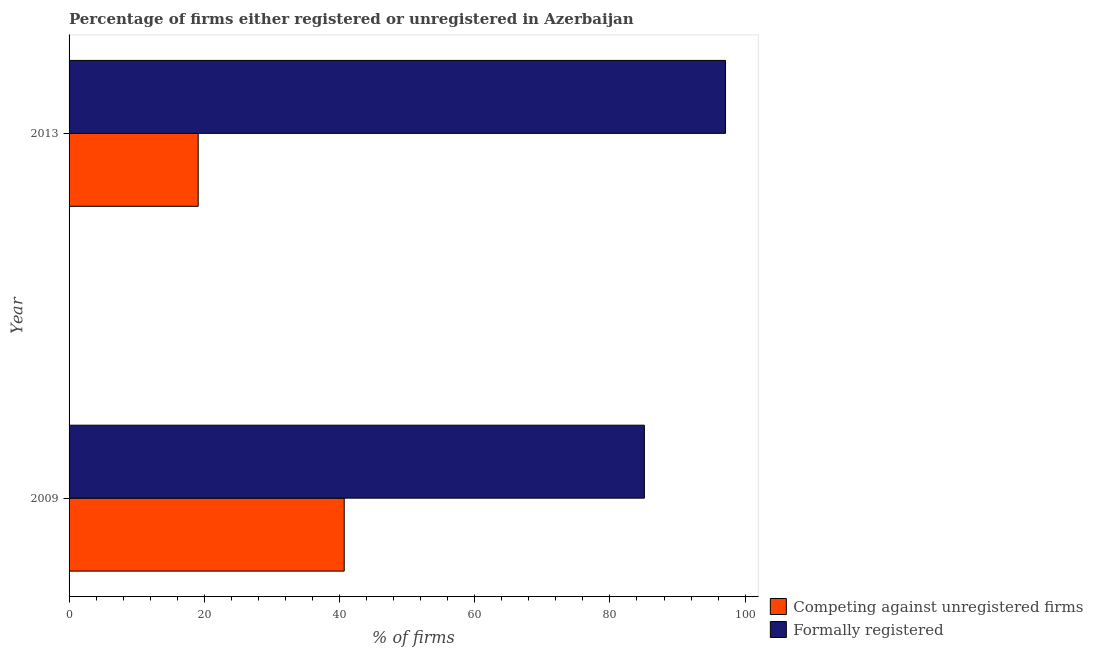
| Year | Competing against unregistered firms | Formally registered |
 | --- | --- | --- |
 | 2009 | 40.7 | 85.1 |
 | 2013 | 19.1 | 97.1 |